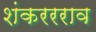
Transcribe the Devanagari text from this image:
शंकररराव